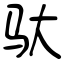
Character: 驮